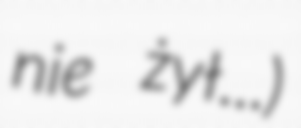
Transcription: nie żył...)